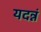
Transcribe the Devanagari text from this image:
यदन्नं